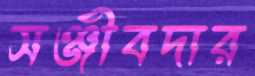
সঞ্জীবদার